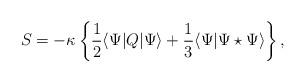
LaTeX: \begin{align*}S=-\kappa\left\{\frac 12\langle\Psi|Q|\Psi\rangle+\frac 13\langle\Psi|\Psi\star\Psi\rangle\right\},\end{align*}